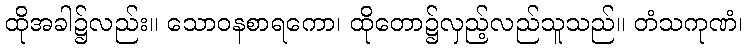
ထိုအခါ၌လည်း။ သောဝနစာရကော၊ ထိုတော၌လှည့်လည်သူသည်။ တံသကုဏံ၊